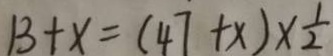
1 3 + x = ( 4 7 + x ) \times \frac { 1 } { 2 }